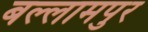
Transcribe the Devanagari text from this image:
बल्लामपुर